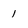
Character: 1